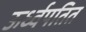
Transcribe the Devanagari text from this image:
ऊर्ध्वपतित